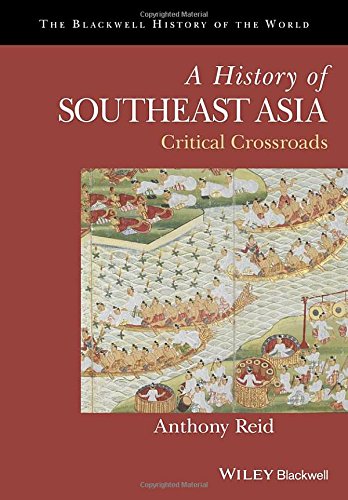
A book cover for A History of Southeast Asia: Critical Crossroads (Blackwell History of the World); Anthony Reid; History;